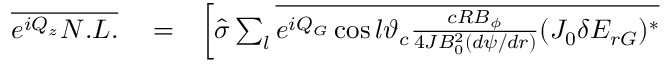
\begin{array} { r l r } { \overline { { e ^ { i Q _ { z } } N . L . } } } & { { } = } & { \left[ \hat { \sigma } \sum _ { l } \overline { { e ^ { i Q _ { G } } \cos l \vartheta _ { c } \frac { c R B _ { \phi } } { 4 { \cal J } B _ { 0 } ^ { 2 } ( d \psi / d r ) } ( J _ { 0 } \delta E _ { r G } ) ^ { * } } } \right. } \end{array}